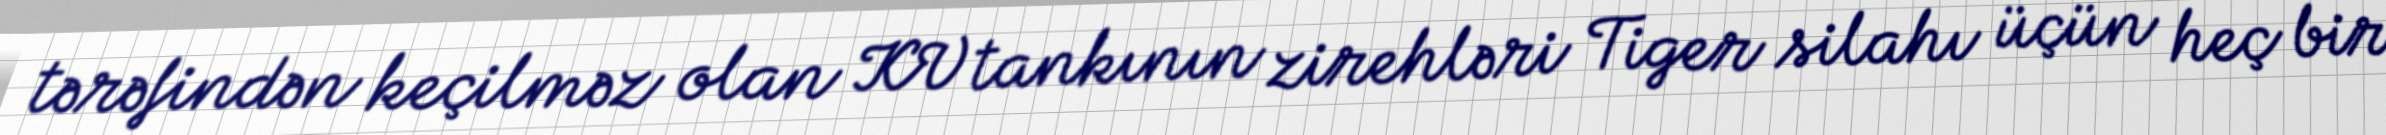
tərəfindən keçilməz olan KV tankının zirehləri Tiger silahı üçün heç bir